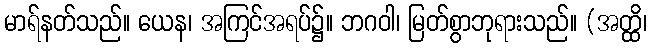
မာရ်နတ်သည်။ ယေန၊ အကြင်အရပ်၌။ ဘဂဝါ၊ မြတ်စွာဘုရားသည်။ (အတ္ထိ၊